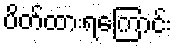
ပိတ်ထားရကြောင်း